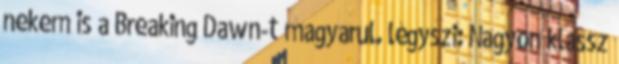
nekem is a Breaking Dawn-t magyarul. légyszi: Nagyon klassz